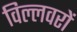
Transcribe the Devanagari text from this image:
विल्लवरों